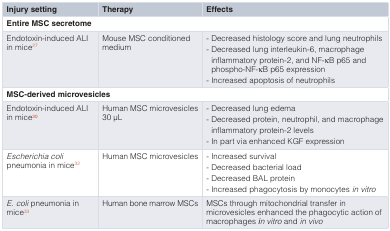
| Injury setting | Therapy | Effects |
 | --- | --- | --- |
 | <COLSPAN=3> Entire MSC secretome |
 | Endotoxin-induced ALIin mice27 | Mouse MSC conditionedmedium | - Decreased histology score and lung neutrophils- Decreased lung interleukin-6, macrophageinflammatory protein-2, and NF-κB p65 andphospho-NF-κB p65 expression- Increased apoptosis of neutrophils |
 | <COLSPAN=3> MSC-derived microvesicles |
 | Endotoxin-induced ALIin mice30 | Human MSC microvesicles30 μL | - Decreased lung edema- Decreased protein, neutrophil, and macrophageinflammatory protein-2 levels- In part via enhanced KGF expression |
 | Escherichia colipneumonia in mice32 | Human MSC microvesicles | - Increased survival- Decreased bacterial load- Decreased BAL protein- Increased phagocytosis by monocytesin vitro |
 | E. coli pneumonia inmice33 | Human bone marrow MSCs | MSCs through mitochondrial transfer inmicrovesicles enhanced the phagocytic action ofmacrophagesin vitro andin vivo |